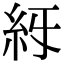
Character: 𥾙